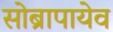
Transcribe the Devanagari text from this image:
सोब्रापायेव